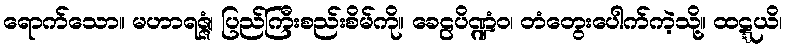
ရောက်သော။ မဟာရဇ္ဇံ၊ ပြည်ကြီးစည်းစိမ်ကို။ ခေဠပိဏ္ဍံဝ၊ တံတွေးပေါက်ကဲ့သို့။ ထဋ္ဋယိ၊